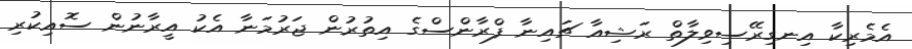
އެމެރިކާ އިނގިރޭސިވިލާތް ރަޝިއާ ޗައިނާ ފްރާންސްގެ އިތުރުން ޖަރުމަނާ އެކު އީރާނުން ސޮއިކުރި